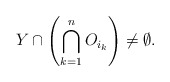
\begin{align*}Y\cap\left(\bigcap_{k=1}^nO_{i_k}\right)\neq\emptyset.\end{align*}